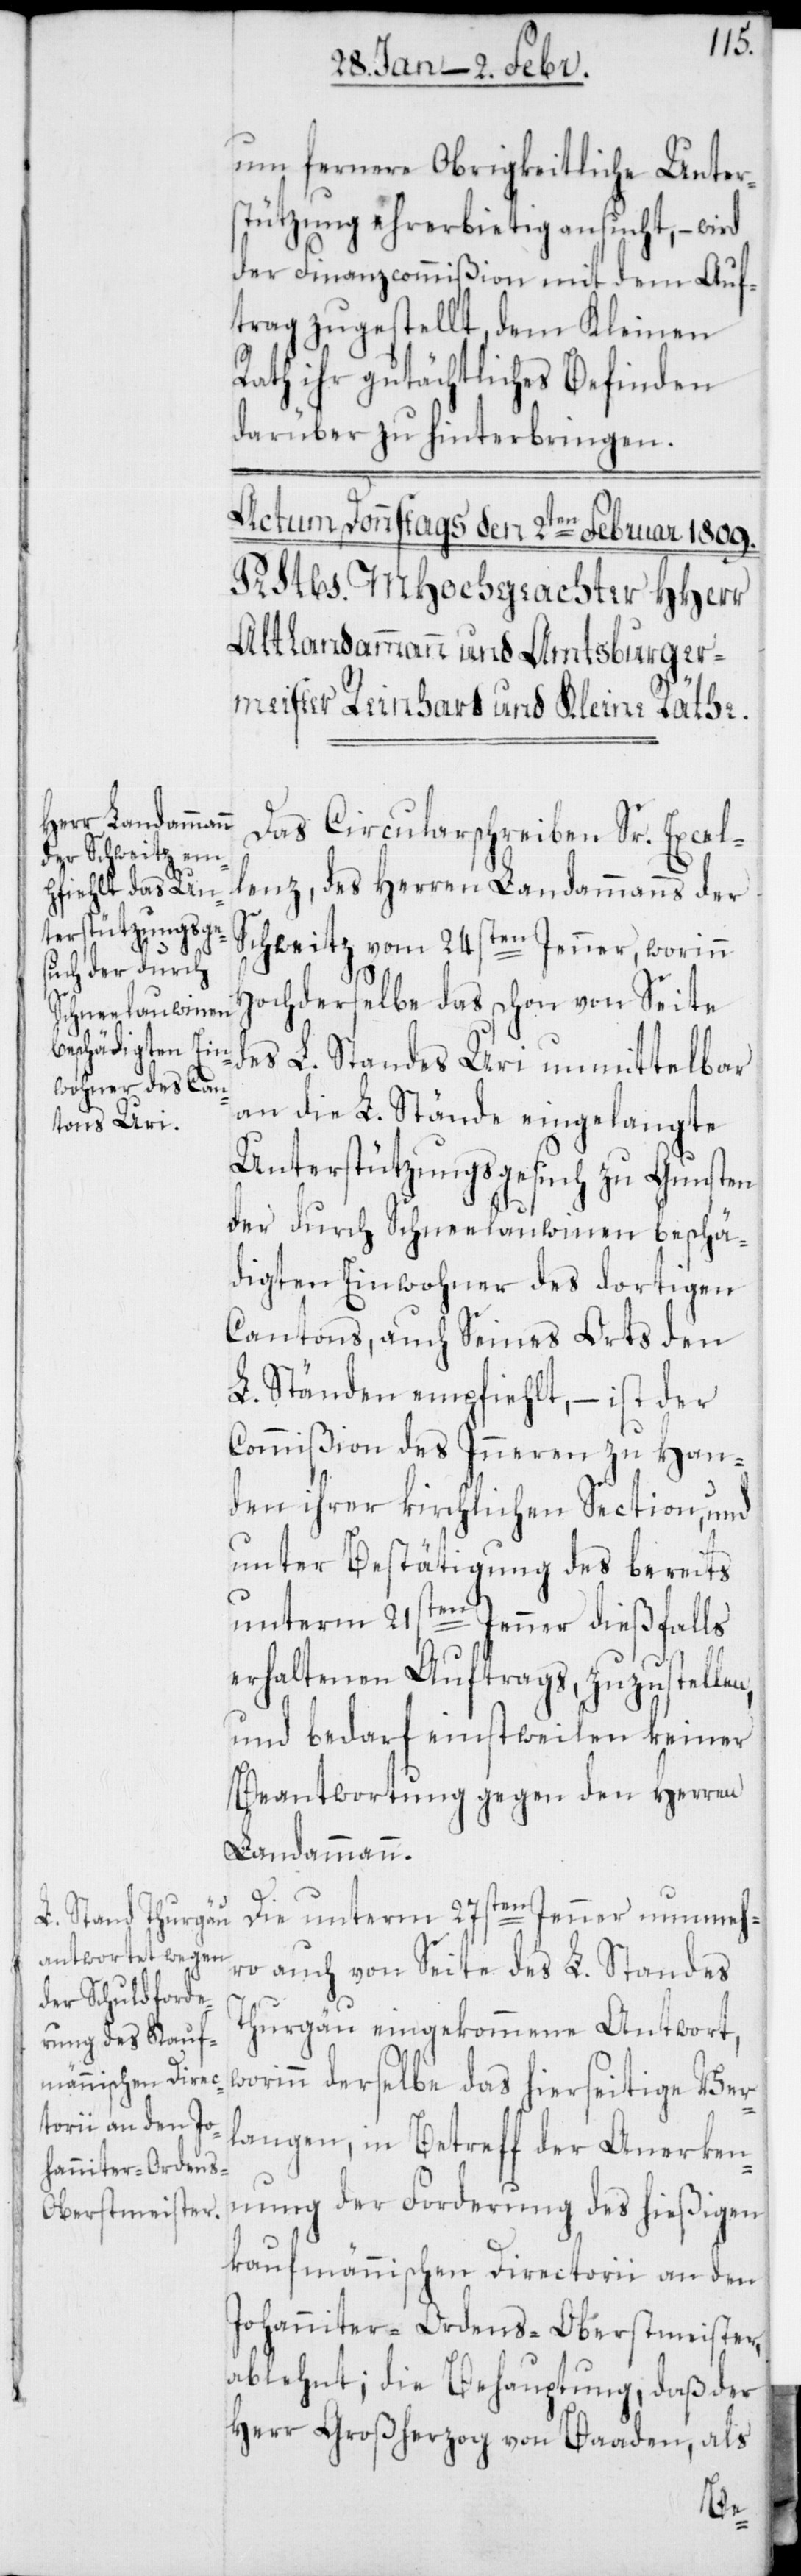
um fernere Obrigkeitliche Unter¬
stützung ehrerbietig ansucht, – wird
der Finanzcommißion mit dem Auf¬
trag zugestellt, dem Kleinen
Rath ihr gutächtliches Befinden
darüber zu hinterbringen.
Das Circularschreiben Sr. Excel¬
lenz, des Herren Landammanns der
Schweitz vom 24sten Jenner, worinn
hochderselbe das schon von Seite
des L. Standes Uri unmittelbar
an die L. Stände eingelangte
Unterstützungsgesuch zu Gunsten
der durch Schneelauwinen beschä¬
digten Einwohner des dortigen
Cantons, auch Seines Orts den
L. Ständen empfiehlt, – ist der
Commißion des Inneren zu Han¬
den ihrer kirchlichen Section, und
unter Bestätigung des bereits
unterm 21sten Jenner dießfalls
erhaltenen Auftrags, zuzustellen,
und bedarf einstweilen keiner
Beantwortung gegen den Herren
Landammann.
Die unterm 27sten Jenner nunmehr¬
o auch von Seite des L. Standes
Thurgau eingekommene Antwort,
worinn derselbe das hierseitige Ver¬
langen, in Betreff der Anerken¬
nung der Forderung des hießigen
Kaufmännischen Directorii an den
Johanniter-Ordens-Oberstmeister
ablehnt; die Behauptung, daß der
Herr Großherzog von Baden, als